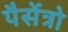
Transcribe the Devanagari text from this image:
पैसेंत्रो